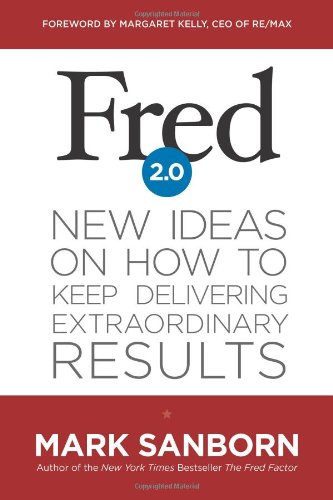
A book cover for Fred 2.0: New Ideas on How to Keep Delivering Extraordinary Results; Mark Sanborn; Christian Books & Bibles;